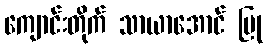
ကျောင်းတိုက် သာယာအောင် ပြု